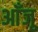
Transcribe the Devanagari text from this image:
आँजू